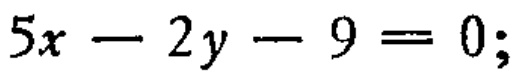
\(5x - 2y - 9 = 0;\)